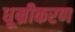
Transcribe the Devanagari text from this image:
धूम्रीकरण